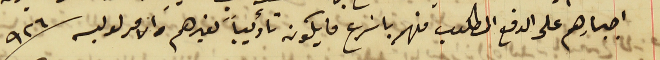
اجبارهم على الدفع المطلوب منهم باسَرع ما يكون تأديباً لغيرهم والامر لوليه